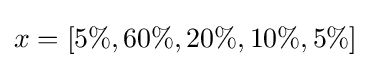
x=[5\%,60\%,20\%,10\%,5\%]